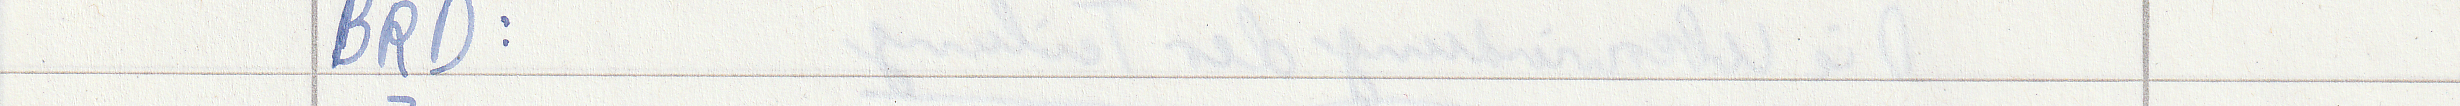
BRD: